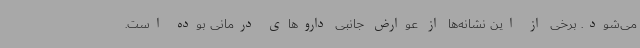
می‌شود. برخی از این نشانه‌ها از عوارض جانبی داروهای درمانی بوده است.